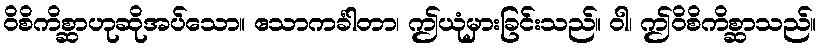
ဝိစိကိစ္ဆာဟုဆိုအပ်သော။ ဧသာကင်္ခါတာ၊ ဤယုံမှားခြင်းသည်။ ဝါ၊ ဤဝိစိကိစ္ဆာသည်။